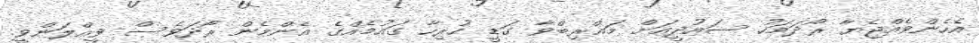
އެހެންވެއްޖެޔާ ރޯދަމަހު ސައުދީއަށް މަޣްރިބްވާ ގަޑީ ހުރިހާ ގައުމެެއްގެ އެންމެން ރޯދަވެސް ވީއްލަންވީ.